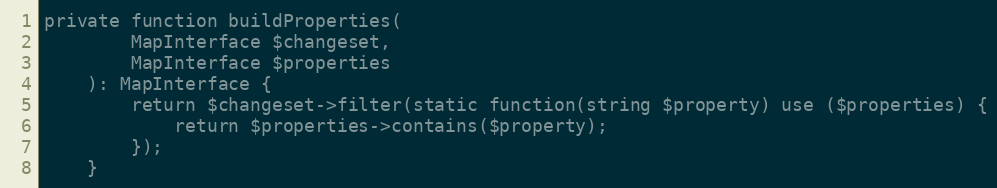
Language: PHP
private function buildProperties(
        MapInterface $changeset,
        MapInterface $properties
    ): MapInterface {
        return $changeset->filter(static function(string $property) use ($properties) {
            return $properties->contains($property);
        });
    }